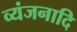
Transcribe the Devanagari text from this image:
व्यंजनादि